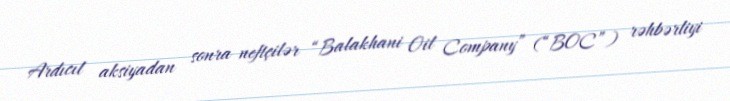
Ardıcıl aksiyadan sonra neftçilər “Balakhani Oil Company” (“BOC”) rəhbərliyi